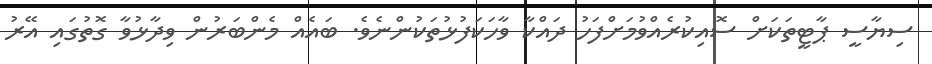
ސިޔާސީ ޕާޓީތަކަށް ސޮއިކުރެއްވުމަށްފަހު ދައްކާ ވާހަކަފުޅުތަކުންނެވެ. ބައެއް މެންބަރުން ވިދާޅުވާ ގޮތުގައި އޭރު